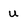
Character: u